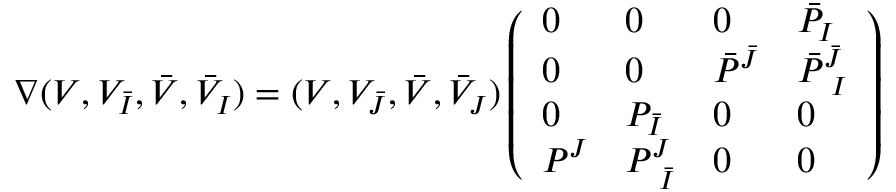
\nabla ( V , V _ { \bar { I } } , \bar { V } , \bar { V } _ { I } ) = ( V , V _ { \bar { J } } , \bar { V } , \bar { V } _ { J } ) \left( \begin{array} { l l l l } { { 0 } } & { { 0 } } & { { 0 } } & { { \bar { P } _ { I } } } \\ { { 0 } } & { { 0 } } & { { \bar { P } ^ { \bar { J } } } } & { { \bar { P } _ { \ I } ^ { \bar { J } } } } \\ { { 0 } } & { { P _ { \bar { I } } } } & { { 0 } } & { { 0 } } \\ { { P ^ { J } } } & { { P _ { \ \bar { I } } ^ { J } } } & { { 0 } } & { { 0 } } \end{array} \right)